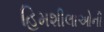
હિમશીલાઓની